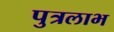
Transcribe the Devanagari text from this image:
पुत्रलाभ